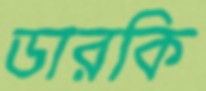
ডারকি